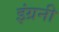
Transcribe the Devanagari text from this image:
इंग्रनी